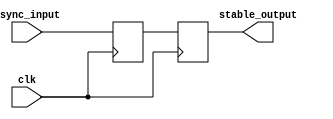
module TwoFF_Metastability_Detector (
    input wire clk,              // Clock signal
    input wire async_input,      // Asynchronous input signal
    output reg stable_output      // Stable output signal
);

    // Internal signals for the two flip-flops
    reg ff1_output;              // Output of the first flip-flop

    // First flip-flop (FF1)
    always @(posedge clk) begin
        ff1_output <= async_input; // Sample the asynchronous input
    end

    // Second flip-flop (FF2)
    always @(posedge clk) begin
        stable_output <= ff1_output; // Sample the output of FF1
    end

endmodule